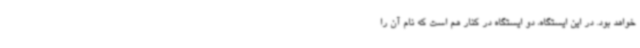
خواهد بود. در این ایستگاه، دو ایستگاه در کنار هم است که نام آن را